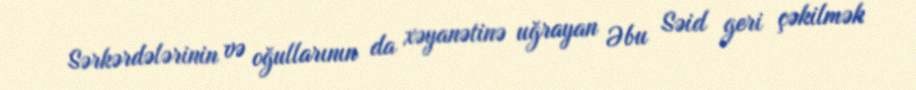
Sərkərdələrinin və oğullarının da xəyanətinə uğrayan Əbu Səid geri çəkilmək